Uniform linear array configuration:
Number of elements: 48
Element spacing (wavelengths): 0.25
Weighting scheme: cosine
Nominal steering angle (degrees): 60
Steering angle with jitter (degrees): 58.421
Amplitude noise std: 0.05
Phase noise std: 0.05

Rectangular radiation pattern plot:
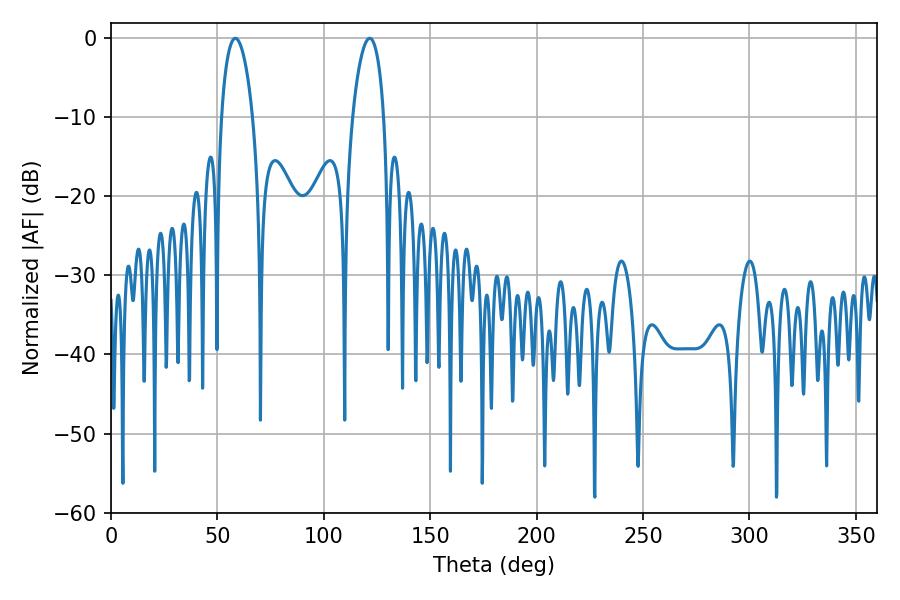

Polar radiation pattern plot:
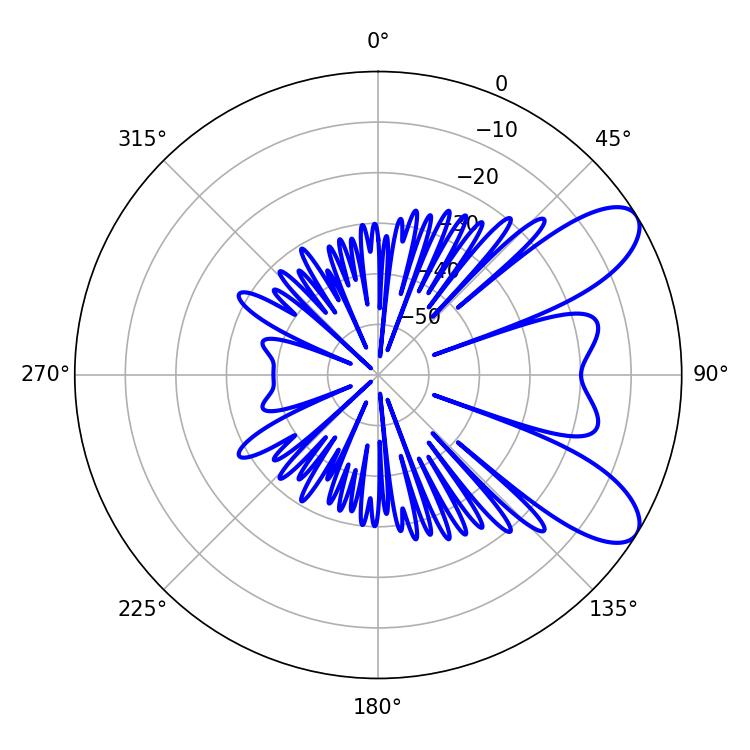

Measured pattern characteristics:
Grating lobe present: FALSE
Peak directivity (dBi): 8.594
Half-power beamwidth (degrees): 8.28
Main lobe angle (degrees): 58.5